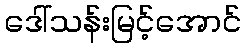
ဒေါ်သန်းမြင့်အောင်